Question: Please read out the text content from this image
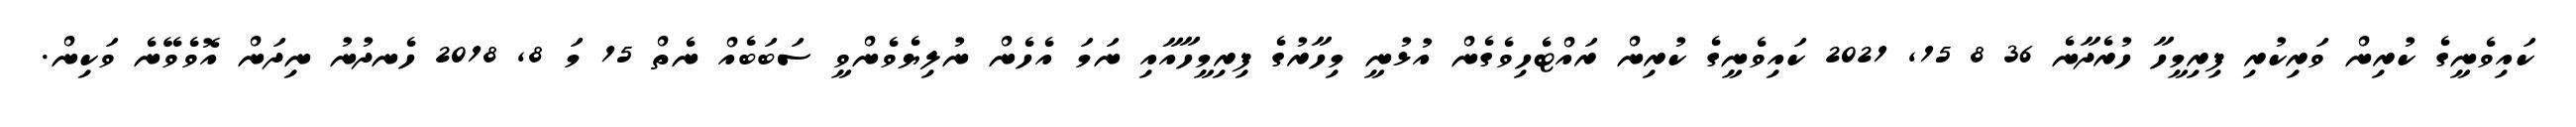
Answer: ކައިވެނީގެ ކުރިން ވަރިކުރި ފިރިމީހާ ހުރެދާނެ 36 8 15, 2021 ކައިވެނީގެ ކުރިން ރައްޓެހިވެގެން އުޅުނީ މިހާރުގެ ފިރިމީހާއާއި ނަމަ އެހެން ނުލިޔެވެންވީ ސަބަބެއް ނެތް 15 މަ 8, 2018 ހެނދުނު ނިދަން އޮވެވޭނެ ވަކިން.